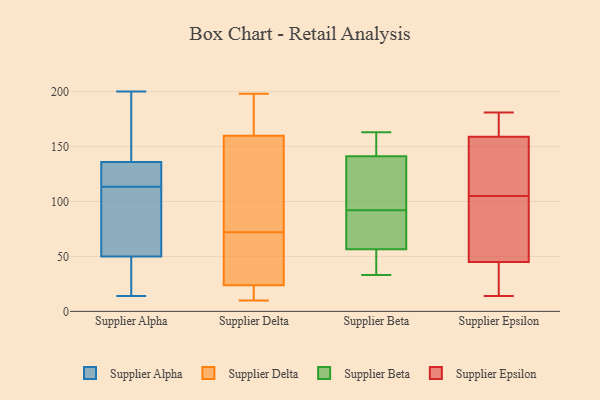
{"axis": {"x": "Page Views", "y": "Value"}, "legend": ["Supplier Alpha", "Supplier Beta", "Supplier Delta", "Supplier Epsilon"], "data": [{"x": "", "y": 86, "type": "Supplier Alpha"}, {"x": "", "y": 50, "type": "Supplier Alpha"}, {"x": "", "y": 136, "type": "Supplier Alpha"}, {"x": "", "y": 129, "type": "Supplier Alpha"}, {"x": "", "y": 50, "type": "Supplier Alpha"}, {"x": "", "y": 117, "type": "Supplier Alpha"}, {"x": "", "y": 200, "type": "Supplier Alpha"}, {"x": "", "y": 38, "type": "Supplier Alpha"}, {"x": "", "y": 82, "type": "Supplier Alpha"}, {"x": "", "y": 110, "type": "Supplier Alpha"}, {"x": "", "y": 142, "type": "Supplier Alpha"}, {"x": "", "y": 14, "type": "Supplier Alpha"}, {"x": "", "y": 157, "type": "Supplier Alpha"}, {"x": "", "y": 130, "type": "Supplier Alpha"}, {"x": "", "y": 141, "type": "Supplier Delta"}, {"x": "", "y": 39, "type": "Supplier Delta"}, {"x": "", "y": 166, "type": "Supplier Delta"}, {"x": "", "y": 17, "type": "Supplier Delta"}, {"x": "", "y": 72, "type": "Supplier Delta"}, {"x": "", "y": 10, "type": "Supplier Delta"}, {"x": "", "y": 20, "type": "Supplier Delta"}, {"x": "", "y": 198, "type": "Supplier Delta"}, {"x": "", "y": 35, "type": "Supplier Delta"}, {"x": "", "y": 133, "type": "Supplier Delta"}, {"x": "", "y": 194, "type": "Supplier Delta"}, {"x": "", "y": 162, "type": "Supplier Beta"}, {"x": "", "y": 151, "type": "Supplier Beta"}, {"x": "", "y": 163, "type": "Supplier Beta"}, {"x": "", "y": 33, "type": "Supplier Beta"}, {"x": "", "y": 45, "type": "Supplier Beta"}, {"x": "", "y": 92, "type": "Supplier Beta"}, {"x": "", "y": 112, "type": "Supplier Beta"}, {"x": "", "y": 91, "type": "Supplier Beta"}, {"x": "", "y": 40, "type": "Supplier Beta"}, {"x": "", "y": 92, "type": "Supplier Beta"}, {"x": "", "y": 94, "type": "Supplier Beta"}, {"x": "", "y": 42, "type": "Supplier Epsilon"}, {"x": "", "y": 151, "type": "Supplier Epsilon"}, {"x": "", "y": 181, "type": "Supplier Epsilon"}, {"x": "", "y": 14, "type": "Supplier Epsilon"}, {"x": "", "y": 80, "type": "Supplier Epsilon"}, {"x": "", "y": 164, "type": "Supplier Epsilon"}, {"x": "", "y": 76, "type": "Supplier Epsilon"}, {"x": "", "y": 36, "type": "Supplier Epsilon"}, {"x": "", "y": 97, "type": "Supplier Epsilon"}, {"x": "", "y": 153, "type": "Supplier Epsilon"}, {"x": "", "y": 31, "type": "Supplier Epsilon"}, {"x": "", "y": 116, "type": "Supplier Epsilon"}, {"x": "", "y": 159, "type": "Supplier Epsilon"}, {"x": "", "y": 174, "type": "Supplier Epsilon"}, {"x": "", "y": 162, "type": "Supplier Epsilon"}, {"x": "", "y": 55, "type": "Supplier Epsilon"}, {"x": "", "y": 45, "type": "Supplier Epsilon"}, {"x": "", "y": 113, "type": "Supplier Epsilon"}]}